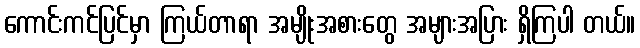
ကောင်းကင်ပြင်မှာ ကြယ်တာရာ အမျိုးအစားတွေ အများအပြား ရှိကြပါ တယ်။